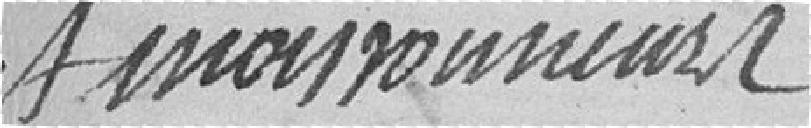
et moissonneurs